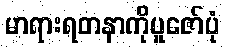
မာရားရတနာကိုပူဇော်ပုံ